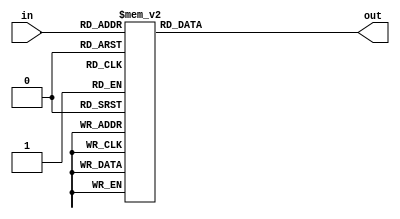
module hexToSevSeg(out, in);
	output reg [6:0] out;
	input  [3:0] in;
	
	always @(*) begin
		case(in)
			4'h0: out = 7'b1000000;
			4'h1: out = 7'b1111001;
			4'h2: out = 7'b0100100;
			4'h3: out = 7'b0110000;
			4'h4: out = 7'b0011001;
			4'h5: out = 7'b0010010;
			4'h6: out = 7'b0000010;
			4'h7: out = 7'b1111000;
			4'h8: out = 7'b0000000;
			4'h9: out = 7'b0010000;
			4'hA: out = 7'b0001000;
			4'hB: out = 7'b0000011;
			4'hC: out = 7'b1000110;
			4'hD: out = 7'b0100001;
			4'hE: out = 7'b0000110;
			4'hF: out = 7'b0001110;
		endcase
	end
endmodule

module bcdToSevSeg(out, in);
	output [6:0] out;
	input  [3:0] in;
	
	wire A = in[3], B = in[2], C =in[1], D = in[0];
	
	assign out[0] = (~A&~C)&(B^D);
	assign out[1] = (~A&B)&(C^D);
	assign out[2] = (~A&~B&C&~D);
	assign out[3] = (~A&B&~(C^D))|(~A&~B&~C&D);
	assign out[4] = (A&D) | (~A&~B&D) | (~A&B&(~C|D));
	assign out[5] = (~A&~B)&(C|D);
	assign out[6] = (~A&~B&~C)|(~A&B&C&D);
endmodule

module fullAdder(s1, s0, A, B, C);
	output s1, s0;
	input  A, B, C;
	
	wire midSum = A ^ B;
	assign s0 = midSum ^ C;
	wire midCry2 = midSum & C;
	wire midCry1 = A & B;
	assign s1 = midCry1 | midCry2;
endmodule

module RCAdder(cO, out, A, B, cI);
	parameter WIDTH = 8;
	output cO;
	output [WIDTH-1:0] out;
	input  cI;
	input  [WIDTH-1:0] A, B;
	wire   [WIDTH:0] C;		// Intermediate carry line
	
	assign {C[0], cO} = {cI, C[WIDTH]};
		
	generate
		genvar i;
		for(i=0; i<WIDTH; i=i+1) begin: m
			fullAdder FA(C[i+1], out[i], A[i], B[i], C[i]);
		end
	endgenerate
endmodule

module register(out, in, clk, en, reset);
	parameter WIDTH = 8;
	
	output reg [WIDTH-1:0] out;
	input  [WIDTH-1:0] in;
	input  reset, en, clk;
	
	always @(posedge clk or negedge reset) begin
		if(~reset)
			out <= {WIDTH{1'b0}};
		else if(en)
			out <= in;
	end
endmodule

module multiplier(M, A, B);
	parameter WIDTH = 8;
	output [2*WIDTH-1:0] M;
	input  [WIDTH-1:0] A, B;

	wire   [WIDTH-1:0] andLine [WIDTH-1:0];
	wire   [WIDTH-1:0] sumLine [WIDTH-1:0];
	wire   [WIDTH-1:0] cO;
	
	assign sumLine[0] = andLine[0];
	assign cO[0] = 1'b0;
	
	generate
		genvar i;
		for(i=0; i<WIDTH; i=i+1) begin: m
			assign andLine[i] = A & {WIDTH{B[i]}};
			assign M[i] = sumLine[i][0];
		end
	endgenerate
	
	generate
		for(i=0; i<WIDTH-1; i=i+1) begin: n
			RCAdder #(WIDTH) RCA(cO[i+1], sumLine[i+1], {cO[i],sumLine[i][WIDTH-1:1]}, andLine[i+1], 1'b0);
		end
	endgenerate
	
	assign M[2*WIDTH-1: WIDTH] = {cO[WIDTH-1], sumLine[WIDTH-1][WIDTH-1:1]};
endmodule

module downClocker(pulse, limit, en, clk, reset);
	output reg pulse;
	input  clk, reset, en;
	input [26:0] limit;
	reg   [26:0] out;
	// 27'd24999999 for 1 sec
	always @(posedge clk or negedge reset) begin
		if(~reset) begin
			out <= 27'd0;
			pulse <= 1'b0;
		end
		else if(en) begin
			out <= out + 27'd1;					// Combinational action 1
			if(out == limit) begin				// Combinational action 2
				pulse <= ~pulse;
				out <= 27'd0;
			end
		end
	end
endmodule

module binToBCD16bit(bcd4, bcd3, bcd2, bcd1, bcd0, S);
	output [03:0] bcd4, bcd3, bcd2, bcd1, bcd0;
	input  [15:0] S;
	
	assign bcd0 = (S%16'd00010);
	assign bcd1 = (S/16'd00010)%16'd10;
	assign bcd2 = (S/16'd00100)%16'd10;
	assign bcd3 = (S/16'd01000)%16'd10;
	assign bcd4 = (S/16'd10000);
endmodule

module binToBCD8bit(bcd2, bcd1, bcd0, S);
	output [3:0] bcd2, bcd1, bcd0;
	input  [7:0] S;
	
	assign bcd0 = (S%8'd00010);
	assign bcd1 = (S/8'd00010)%8'd10;
	assign bcd2 = (S/8'd00100);
endmodule